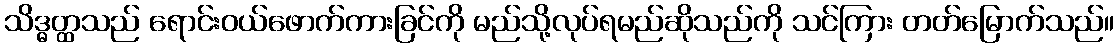
သိဒ္ဓတ္ထသည် ရောင်းဝယ်ဖောက်ကားခြင်ကို မည်သို့လုပ်ရမည်ဆိုသည်ကို သင်ကြား တတ်မြောက်သည်။